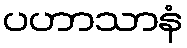
ပဟာသာနံ